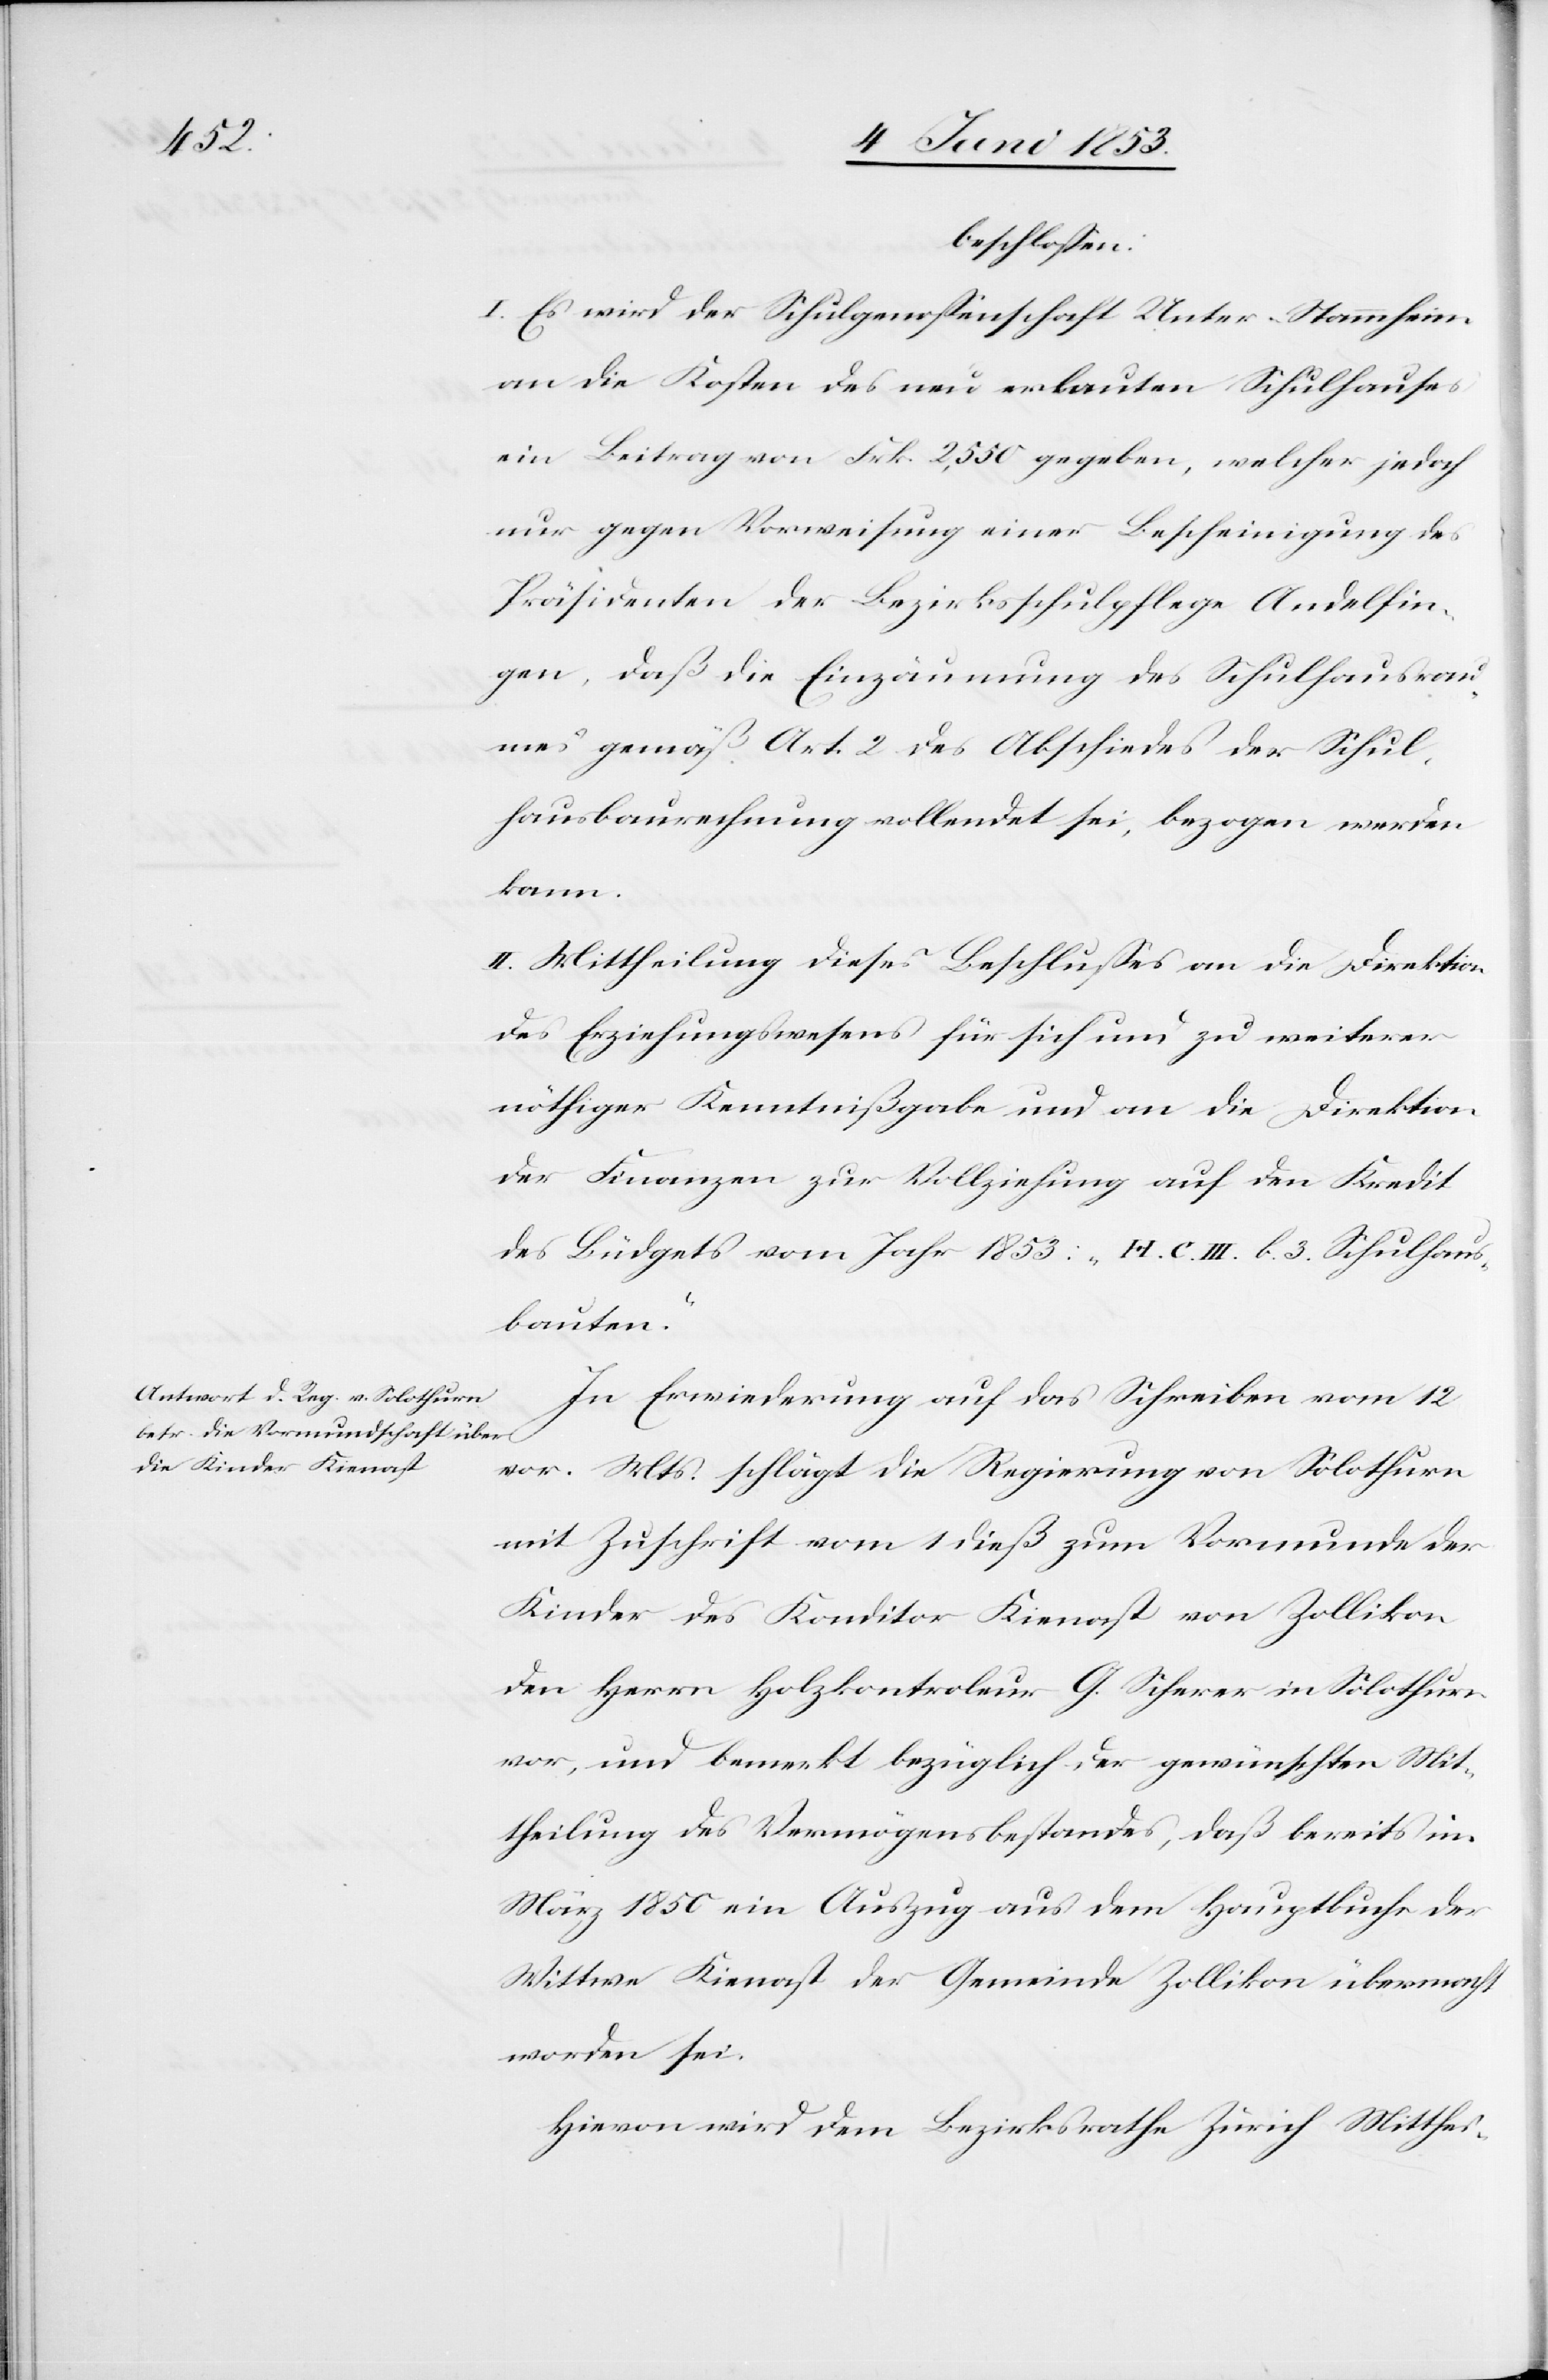
beschloßen:
I. Es wird der Schulgenoßenschaft Unter-Stammheim
an die Kosten des neu erbauten Schulhauses
ein Beitrag von Frk. 2,550 gegeben, welcher jedoch
nur gegen Vorweisung einer Bescheinigung des
Präsidenten der Bezirksschulpflege Andelfin¬
gen, daß die Einzäumung des Schulhausraum¬
es gemäß Art. 2 des Abschiedes der Schul¬
hausbaurechnung vollendet sei, bezogen werden
kann.
II. Mittheilung dieses Beschlußes an die Direktion
des Erziehungswesens für sich und zu weiterer
nöthiger Kenntnißgabe und an die Direktion
der Finanzen zur Vollziehung auf den Kredit
des Büdgets vom Jahr 1853: „H. C. III. b. 3. Schulhaus¬
bauten.“
In Erwiederung auf das Schreiben vom 12
vor. Mts. schlägt die Regierung von Solothurn
mit Zuschrift vom 1 dieß zum Vormunde der
Kinder des Kreditor Kienast von Zollikon
den Herrn Holzkontroleur G. Scherer in Solothurn
vor, und bemerkt bezüglich der gewünschten Mit¬
theilung des Vermögensbestandes, daß bereits im
März 1850 ein Auszug aus dem Hauptbuche der
Wittwe Kienast der Gemeinde Zollikon übermacht
worden sei.
Hievon wird dem Bezirksrathe Zürich Mitthei-